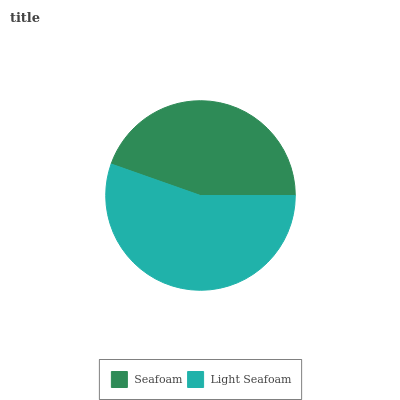
| Seafoam | Light Seafoam |
 | --- | --- |
 | 44.6% | 55.4% |